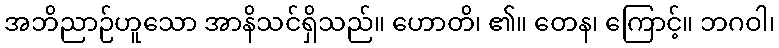
အဘိညာဉ်ဟူသော အာနိသင်ရှိသည်။ ဟောတိ၊ ၏။ တေန၊ ကြောင့်။ ဘဂဝါ၊